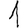
Digit: 1